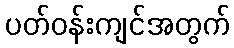
ပတ်ဝန်းကျင်အတွက်